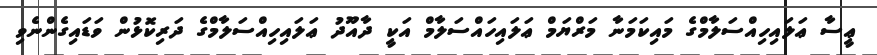
ޢީސާ ޢަލައިހިއްސަލާމްގެ މައިކަމަނާ މަރްޔަމް ޢަލައިހައްސަލާމް އަކީ ދާއޫދު ޢަލައިހިއްސަލާމްގެ ދަރިކޮޅުން ވަޑައިގެންނެވި